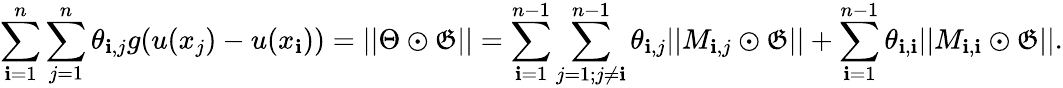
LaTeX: \sum_{\mathbf{i}=1}^{n}\sum_{j=1}^{n}\theta_{\mathbf{i},j}g(u(x_{j})-u(x_{\mathbf{i}}))=||\Theta\odot\mathfrak{G}||=\sum_{\mathbf{i}=1}^{n-1}\sum_{j=1;j\neq\mathbf{i}}^{n-1}\theta_{\mathbf{i},j}||M_{\mathbf{i},j}\odot\mathfrak{G}||+\sum_{\mathbf{i}=1}^{n-1}\theta_{\mathbf{i},\mathbf{i}}||M_{\mathbf{i},\mathbf{i}}\odot\mathfrak{G}||.